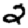
Digit: 2